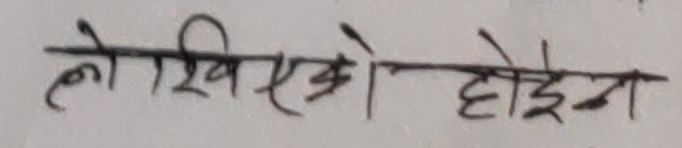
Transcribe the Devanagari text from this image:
लो लेखिएको होइन